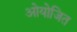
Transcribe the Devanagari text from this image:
ओयोजित